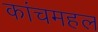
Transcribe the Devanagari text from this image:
कांचमहल